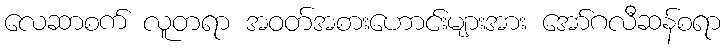
လေဆာစက် လူတရာ အဝတ်အစားဟောင်းများအား အော်ဂလီဆန်စရာ